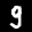
Label: 9